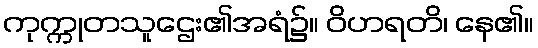
ကုက္ကုတသူဌေး၏အရံ၌။ ဝိဟရတိ၊ နေ၏။